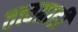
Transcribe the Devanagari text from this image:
तत्त्वग्राही